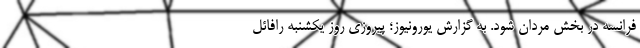
فرانسه در بخش مردان شود. به گزارش یورونیوز؛ پیروزی روز یکشنبه رافائل